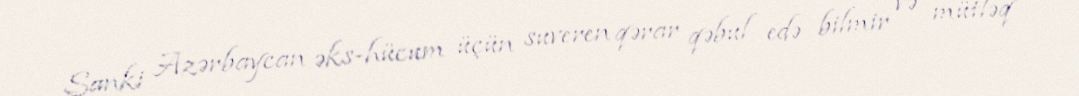
Sanki Azərbaycan əks-hücum üçün suveren qərar qəbul edə bilmir və mütləq